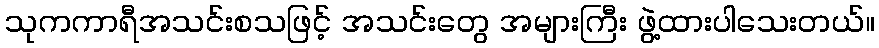
သုကကာရီအသင်းစသဖြင့် အသင်းတွေ အများကြီး ဖွဲ့ထားပါသေးတယ်။